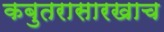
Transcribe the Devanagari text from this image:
कबुतरासारखाच